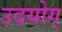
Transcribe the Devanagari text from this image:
उदयोग्